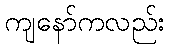
ကျနော်ကလည်း